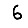
Digit: 6